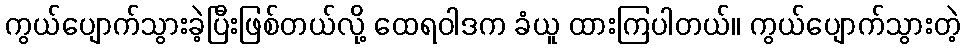
ကွယ်ပျောက်သွားခဲ့ပြီးဖြစ်တယ်လို့ ထေရဝါဒက ခံယူ ထားကြပါတယ်။ ကွယ်ပျောက်သွားတဲ့